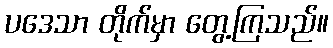
ပဒေသာ တိုက်မှာ တွေ့ကြသည်။